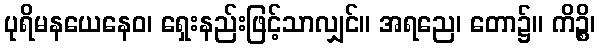
ပုရိမနယေနေဝ၊ ရှေးနည်းဖြင့်သာလျှင်။ အရညေ၊ တော၌။ ကိဉ္စိ၊